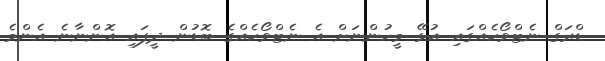
ޑްރަގް ނެޓްވޯކެއްގައި އުޅޭ މީހުންނަށް އެ ނެޓްވޯކެއްގެ ބޮޑުން ދީފައި އޮންނާނެ އެންމެ